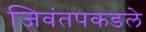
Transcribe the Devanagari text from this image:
जिवंतपकडले